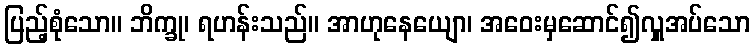
ပြည့်စုံသော။ ဘိက္ခု၊ ရဟန်းသည်။ အာဟုနေယျော၊ အဝေးမှဆောင်၍လှူအပ်သော